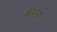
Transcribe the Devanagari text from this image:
केपनर